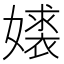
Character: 𫱹